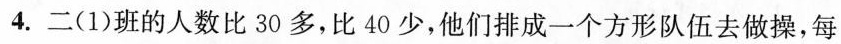
4.二(1)班的人数比30多，比40少，他们排成一个方形队伍去做操，每